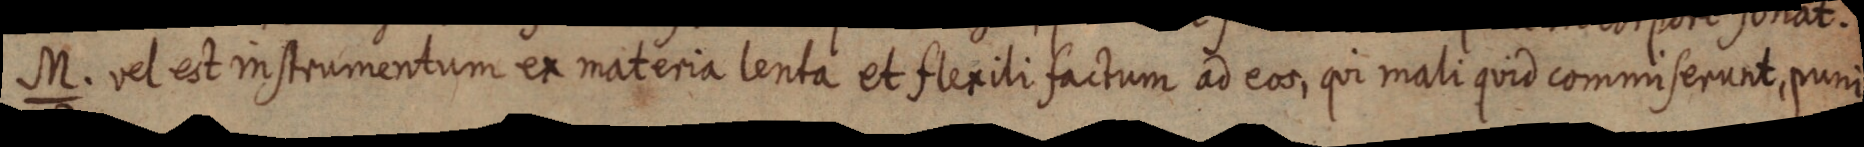
M. vel est instrumentum ex materia lenta et flexili factum ad eos, qui mali quid commiserunt, puni